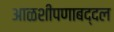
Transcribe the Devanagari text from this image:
आळशीपणाबद्दल